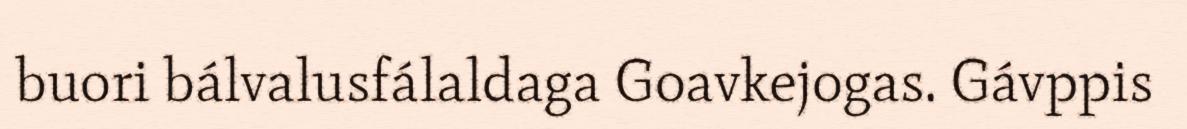
buori bálvalusfálaldaga Goavkejogas. Gávppis